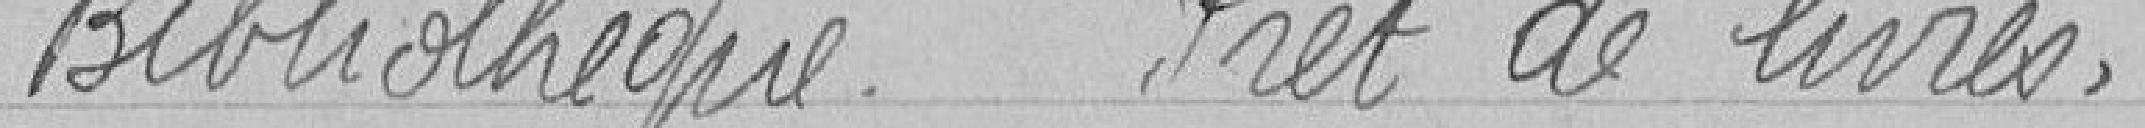
Bibliothèque   - Prêt de livres